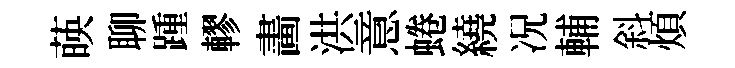
𦴤聊踵轇畵洪意蜷繞况輔斜煩